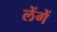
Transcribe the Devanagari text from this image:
लेंगें